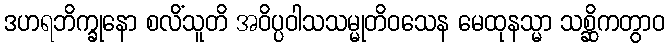
ဒဟရဘိက္ခုနော စလိံသူတိ အဝိပ္ပဝါသသမ္မုတိဝသေန မေထုနသ္မာ သစ္ဆိကတွာဝ